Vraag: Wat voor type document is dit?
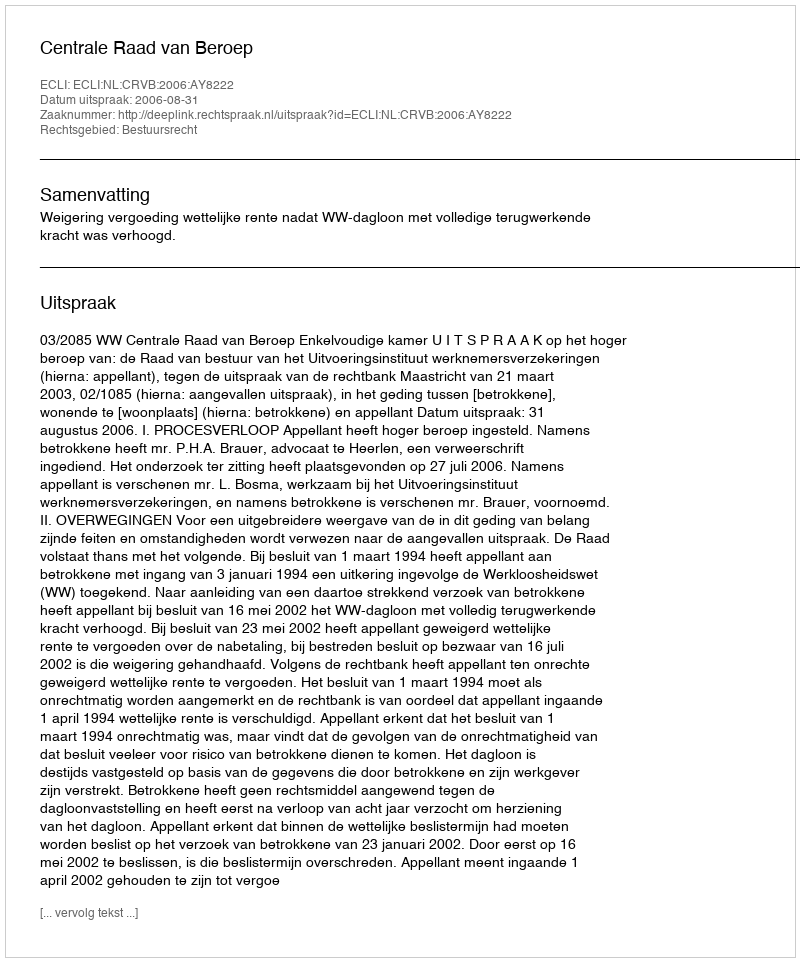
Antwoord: Uitspraak